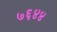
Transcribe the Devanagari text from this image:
७६४४